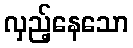
လှည့်နေသော